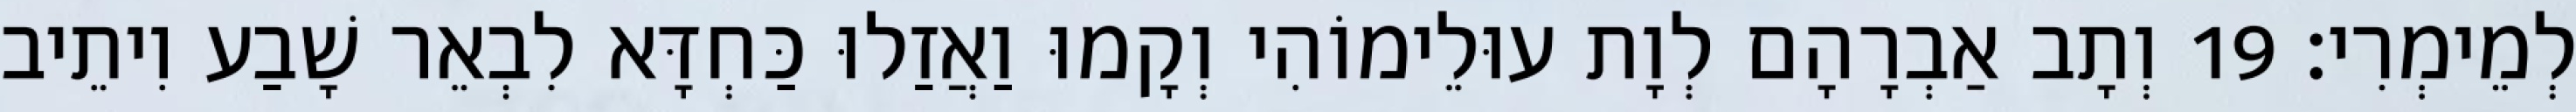
לְמֵימְרִי׃ 19 וְתָב אַבְרָהָם לְוָת עוּלֵימוֹהִי וְקָמוּ וַאֲזַלוּ כַּחְדָּא לִבְאֵר שָׁבַע וִיתֵיב